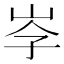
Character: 𡥐